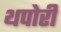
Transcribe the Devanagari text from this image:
थपोरी